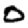
Digit: 0